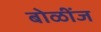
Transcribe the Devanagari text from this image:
बोळींज